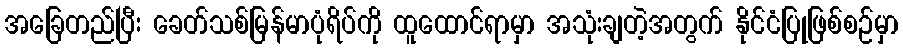
အခြေတည်ပြီး ခေတ်သစ်မြန်မာပုံရိပ်ကို ထူထောင်ရာမှာ အသုံးချတဲ့အတွက် နိုင်ငံပြုဖြစ်စဉ်မှာ